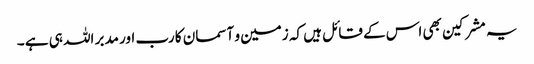
یہ مشرکین بھی اس کے قائل ہیں کہ زمین و آسمان کا رب اور مدبر اللہ ہی ہے ۔